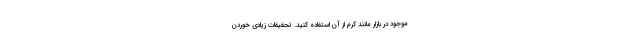
موجود در بازار مانند کرم از آن استفاده کنید. تحقیقات زیادی خوردن